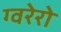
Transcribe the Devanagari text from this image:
ग्वरेरो